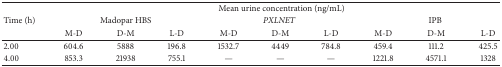
| <ROWSPAN=3> Time (h) | <COLSPAN=9> Mean urine concentration (ng/mL) |
 | <COLSPAN=3> Madopar HBS | <COLSPAN=3> PXLNET | <COLSPAN=3> IPB |
 | M-D | D-M | L-D | M-D | D-M | L-D | M-D | D-M | L-D |
 | --- | --- | --- | --- | --- | --- | --- | --- | --- | --- |
 | 2.00 | 604.6 | 5888 | 196.8 | 1532.7 | 4449 | 784.8 | 459.4 | 111.2 | 425.5 |
 | 4.00 | 853.3 | 21938 | 755.1 | — | — | — | 1221.8 | 4571.1 | 1328 |